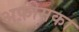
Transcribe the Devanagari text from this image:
अफ़ीमका